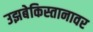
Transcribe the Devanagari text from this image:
उझबेकिस्तानावर